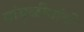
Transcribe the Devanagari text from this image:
बांबुळीगांवीं